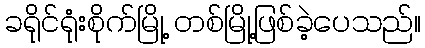
ခရိုင်ရုံးစိုက်မြို့ တစ်မြို့ဖြစ်ခဲ့ပေသည်။